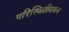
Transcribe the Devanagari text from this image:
परिस्थितीवरून